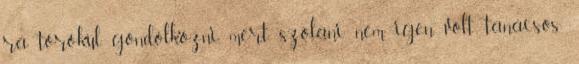
rá törökül gondolkozni, mert szólani nem igen volt tanácsos;